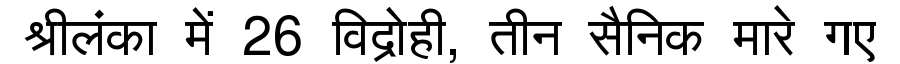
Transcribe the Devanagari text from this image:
श्रीलंका में 26 विद्रोही, तीन सैनिक मारे गए